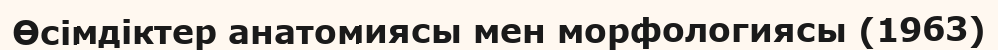
Өсімдіктер анатомиясы мен морфологиясы (1963)